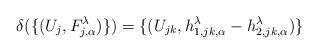
LaTeX: \begin{align*}\delta(\{(U_j, F_{j, \alpha}^\lambda)\})=\{(U_{jk}, h_{1, jk, \alpha}^\lambda-h_{2, jk, \alpha}^\lambda)\}\end{align*}